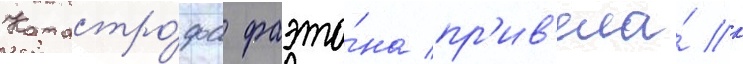
Катастро́фа фаэто́на пр'ив'ела́ к